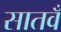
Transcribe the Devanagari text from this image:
सातवँ